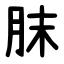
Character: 䏞